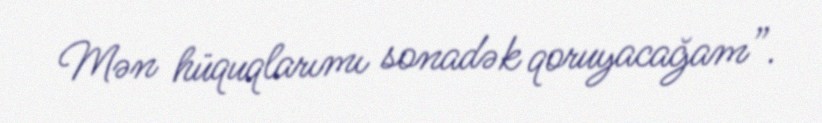
Mən hüquqlarımı sonadək qoruyacağam”.